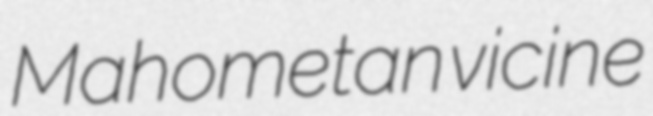
Mahometan vicine